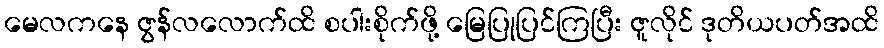
မေလကနေ ဇွန်လလောက်ထိ စပါးစိုက်ဖို့ မြေပြုပြင်ကြပြီး ဇူလိုင် ဒုတိယပတ်အထိ